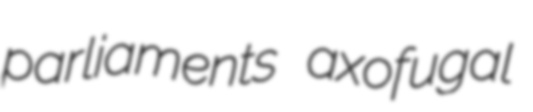
parliaments axofugal